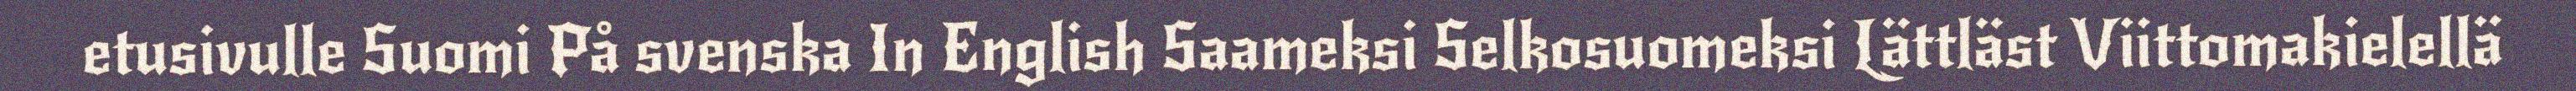
etusivulle Suomi På svenska In English Saameksi Selkosuomeksi Lättläst Viittomakielellä